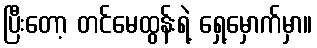
ပြီးတော့ တင်မေထွန်းရဲ့ ရှေ့မှောက်မှာ။